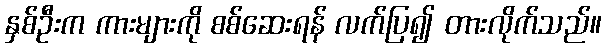
နှစ်ဦးက ကားများကို စစ်ဆေးရန် လက်ပြ၍ တားလိုက်သည်။